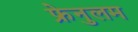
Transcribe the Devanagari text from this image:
फ्रेनुलम